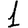
Digit: 1